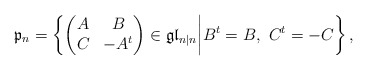
\begin{align*}\mathfrak{p}_n=\left\{\begin{pmatrix}A&B\\C&-A^t\end{pmatrix}\in\mathfrak{gl}_{n|n}\middle|B^{t}=B,\ C^{t}=-C\right\},\end{align*}